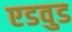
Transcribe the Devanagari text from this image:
एडवुड